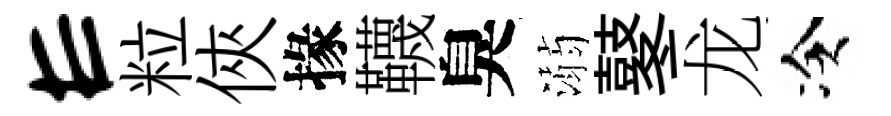
E粒俠掾韈臭溺鼕龙冷